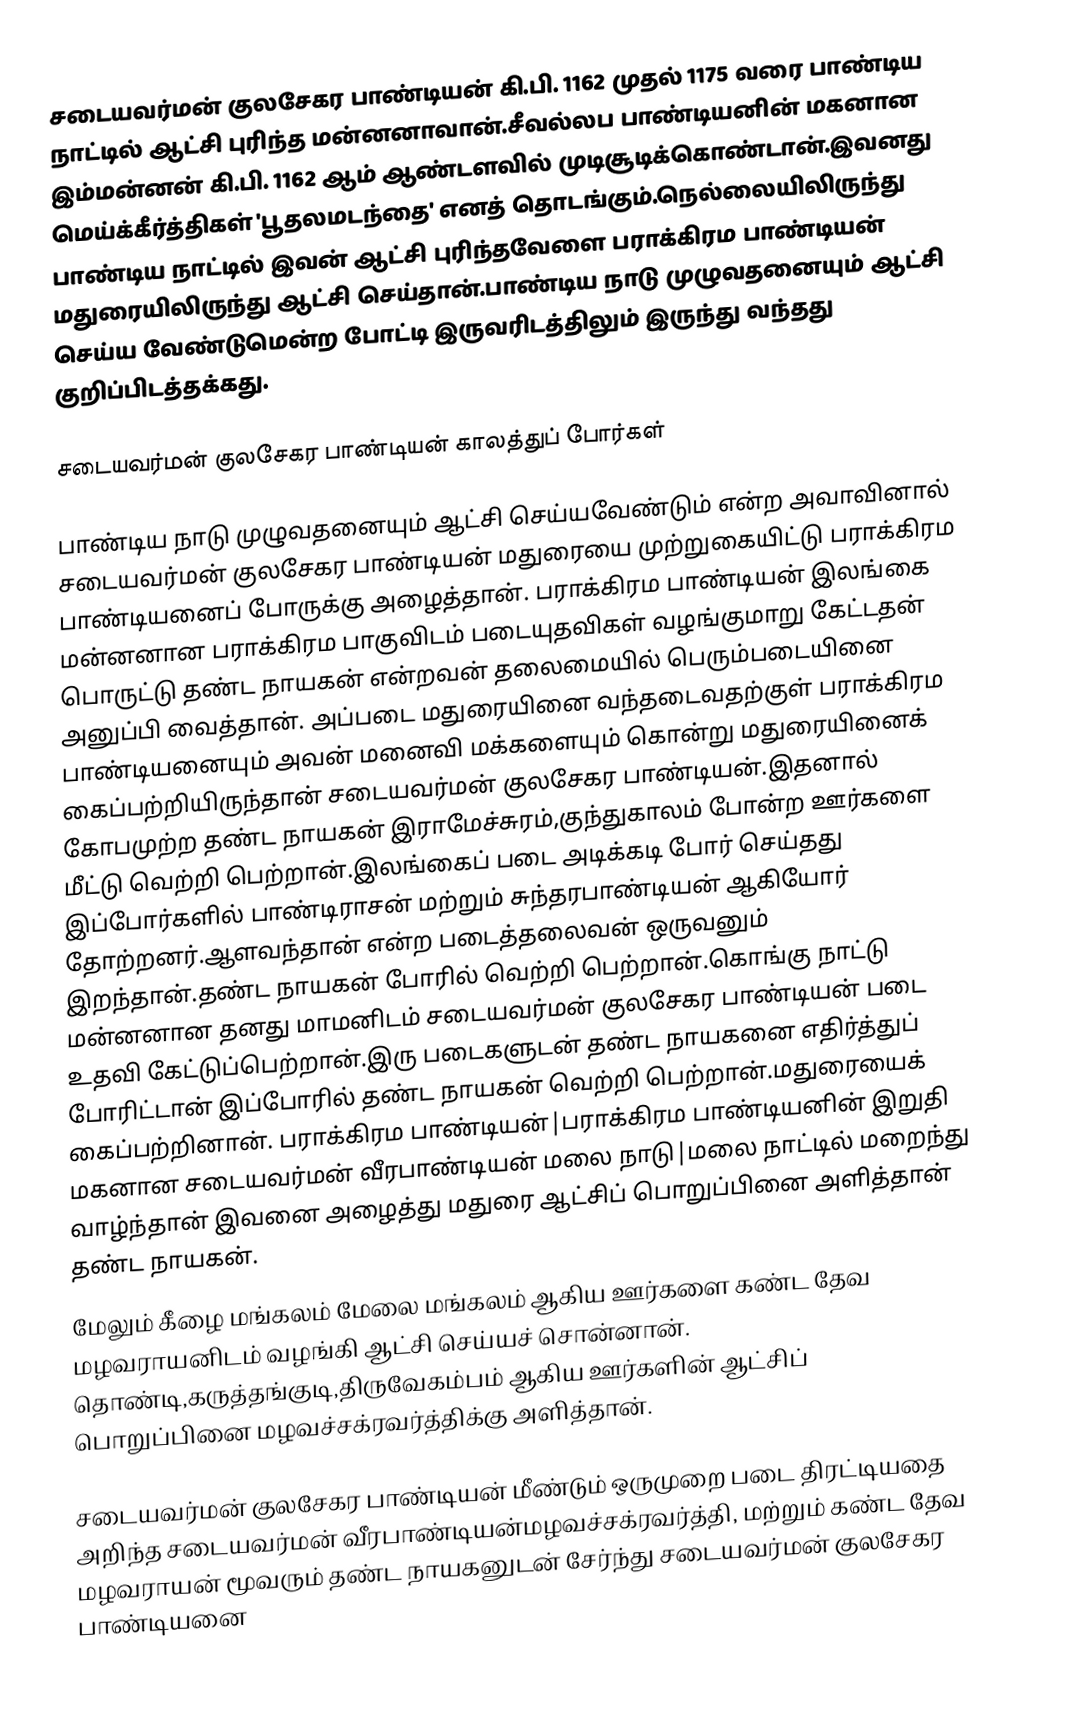
சடையவர்மன் குலசேகர பாண்டியன் கி.பி. 1162 முதல் 1175 வரை பாண்டிய நாட்டில் ஆட்சி புரிந்த மன்னனாவான்.சீவல்லப பாண்டியனின் மகனான இம்மன்னன் கி.பி. 1162 ஆம் ஆண்டளவில் முடிசூடிக்கொண்டான்.இவனது மெய்க்கீர்த்திகள் 'பூதலமடந்தை' எனத் தொடங்கும்.நெல்லையிலிருந்து பாண்டிய நாட்டில் இவன் ஆட்சி புரிந்தவேளை பராக்கிரம பாண்டியன் மதுரையிலிருந்து ஆட்சி செய்தான்.பாண்டிய நாடு முழுவதனையும் ஆட்சி செய்ய வேண்டுமென்ற போட்டி இருவரிடத்திலும் இருந்து வந்தது குறிப்பிடத்தக்கது.

சடையவர்மன் குலசேகர பாண்டியன் காலத்துப் போர்கள்

பாண்டிய நாடு முழுவதனையும் ஆட்சி செய்யவேண்டும் என்ற அவாவினால் சடையவர்மன் குலசேகர பாண்டியன் மதுரையை முற்றுகையிட்டு பராக்கிரம பாண்டியனைப் போருக்கு அழைத்தான். பராக்கிரம பாண்டியன் இலங்கை மன்னனான பராக்கிரம பாகுவிடம் படையுதவிகள் வழங்குமாறு கேட்டதன் பொருட்டு தண்ட நாயகன் என்றவன் தலைமையில் பெரும்படையினை அனுப்பி வைத்தான். அப்படை மதுரையினை வந்தடைவதற்குள் பராக்கிரம பாண்டியனையும் அவன் மனைவி மக்களையும் கொன்று மதுரையினைக் கைப்பற்றியிருந்தான் சடையவர்மன் குலசேகர பாண்டியன்.இதனால் கோபமுற்ற தண்ட நாயகன் இராமேச்சுரம்,குந்துகாலம் போன்ற ஊர்களை மீட்டு வெற்றி பெற்றான்.இலங்கைப் படை அடிக்கடி போர் செய்தது இப்போர்களில் பாண்டிராசன் மற்றும் சுந்தரபாண்டியன் ஆகியோர் தோற்றனர்.ஆளவந்தான் என்ற படைத்தலைவன் ஒருவனும் இறந்தான்.தண்ட நாயகன் போரில் வெற்றி பெற்றான்.கொங்கு நாட்டு மன்னனான தனது மாமனிடம் சடையவர்மன் குலசேகர பாண்டியன் படை உதவி கேட்டுப்பெற்றான்.இரு படைகளுடன் தண்ட நாயகனை எதிர்த்துப் போரிட்டான் இப்போரில் தண்ட நாயகன் வெற்றி பெற்றான்.மதுரையைக் கைப்பற்றினான். பராக்கிரம பாண்டியன்|பராக்கிரம பாண்டியனின் இறுதி மகனான சடையவர்மன் வீரபாண்டியன் மலை நாடு|மலை நாட்டில் மறைந்து வாழ்ந்தான் இவனை அழைத்து மதுரை ஆட்சிப் பொறுப்பினை அளித்தான் தண்ட நாயகன்.
மேலும் கீழை மங்கலம் மேலை மங்கலம் ஆகிய ஊர்களை கண்ட தேவ மழவராயனிடம் வழங்கி ஆட்சி செய்யச் சொன்னான். தொண்டி,கருத்தங்குடி,திருவேகம்பம் ஆகிய ஊர்களின் ஆட்சிப் பொறுப்பினை மழவச்சக்ரவர்த்திக்கு அளித்தான்.

சடையவர்மன் குலசேகர பாண்டியன் மீண்டும் ஒருமுறை படை திரட்டியதை அறிந்த சடையவர்மன் வீரபாண்டியன்மழவச்சக்ரவர்த்தி, மற்றும் கண்ட தேவ மழவராயன் மூவரும் தண்ட நாயகனுடன் சேர்ந்து சடையவர்மன் குலசேகர பாண்டியனை